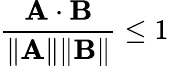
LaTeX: {\frac{\mathbf{A\cdot B}}{\| \mathbf{A}\| \| \mathbf{B}\| }}\leq 1